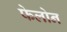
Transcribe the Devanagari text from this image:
फेलोन